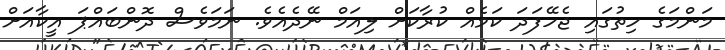
މަންމަގެ ހިތުގައި ޖެހޭފަދަ ކަމެއް ކުރާކަށް ލިއަމް ނޭދެއެވެ. ނަމަވެސް ދޮންބައްޕަ އީކާއަށް